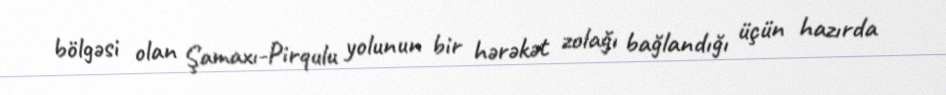
bölgəsi olan Şamaxı-Pirqulu yolunun bir hərəkət zolağı bağlandığı üçün hazırda